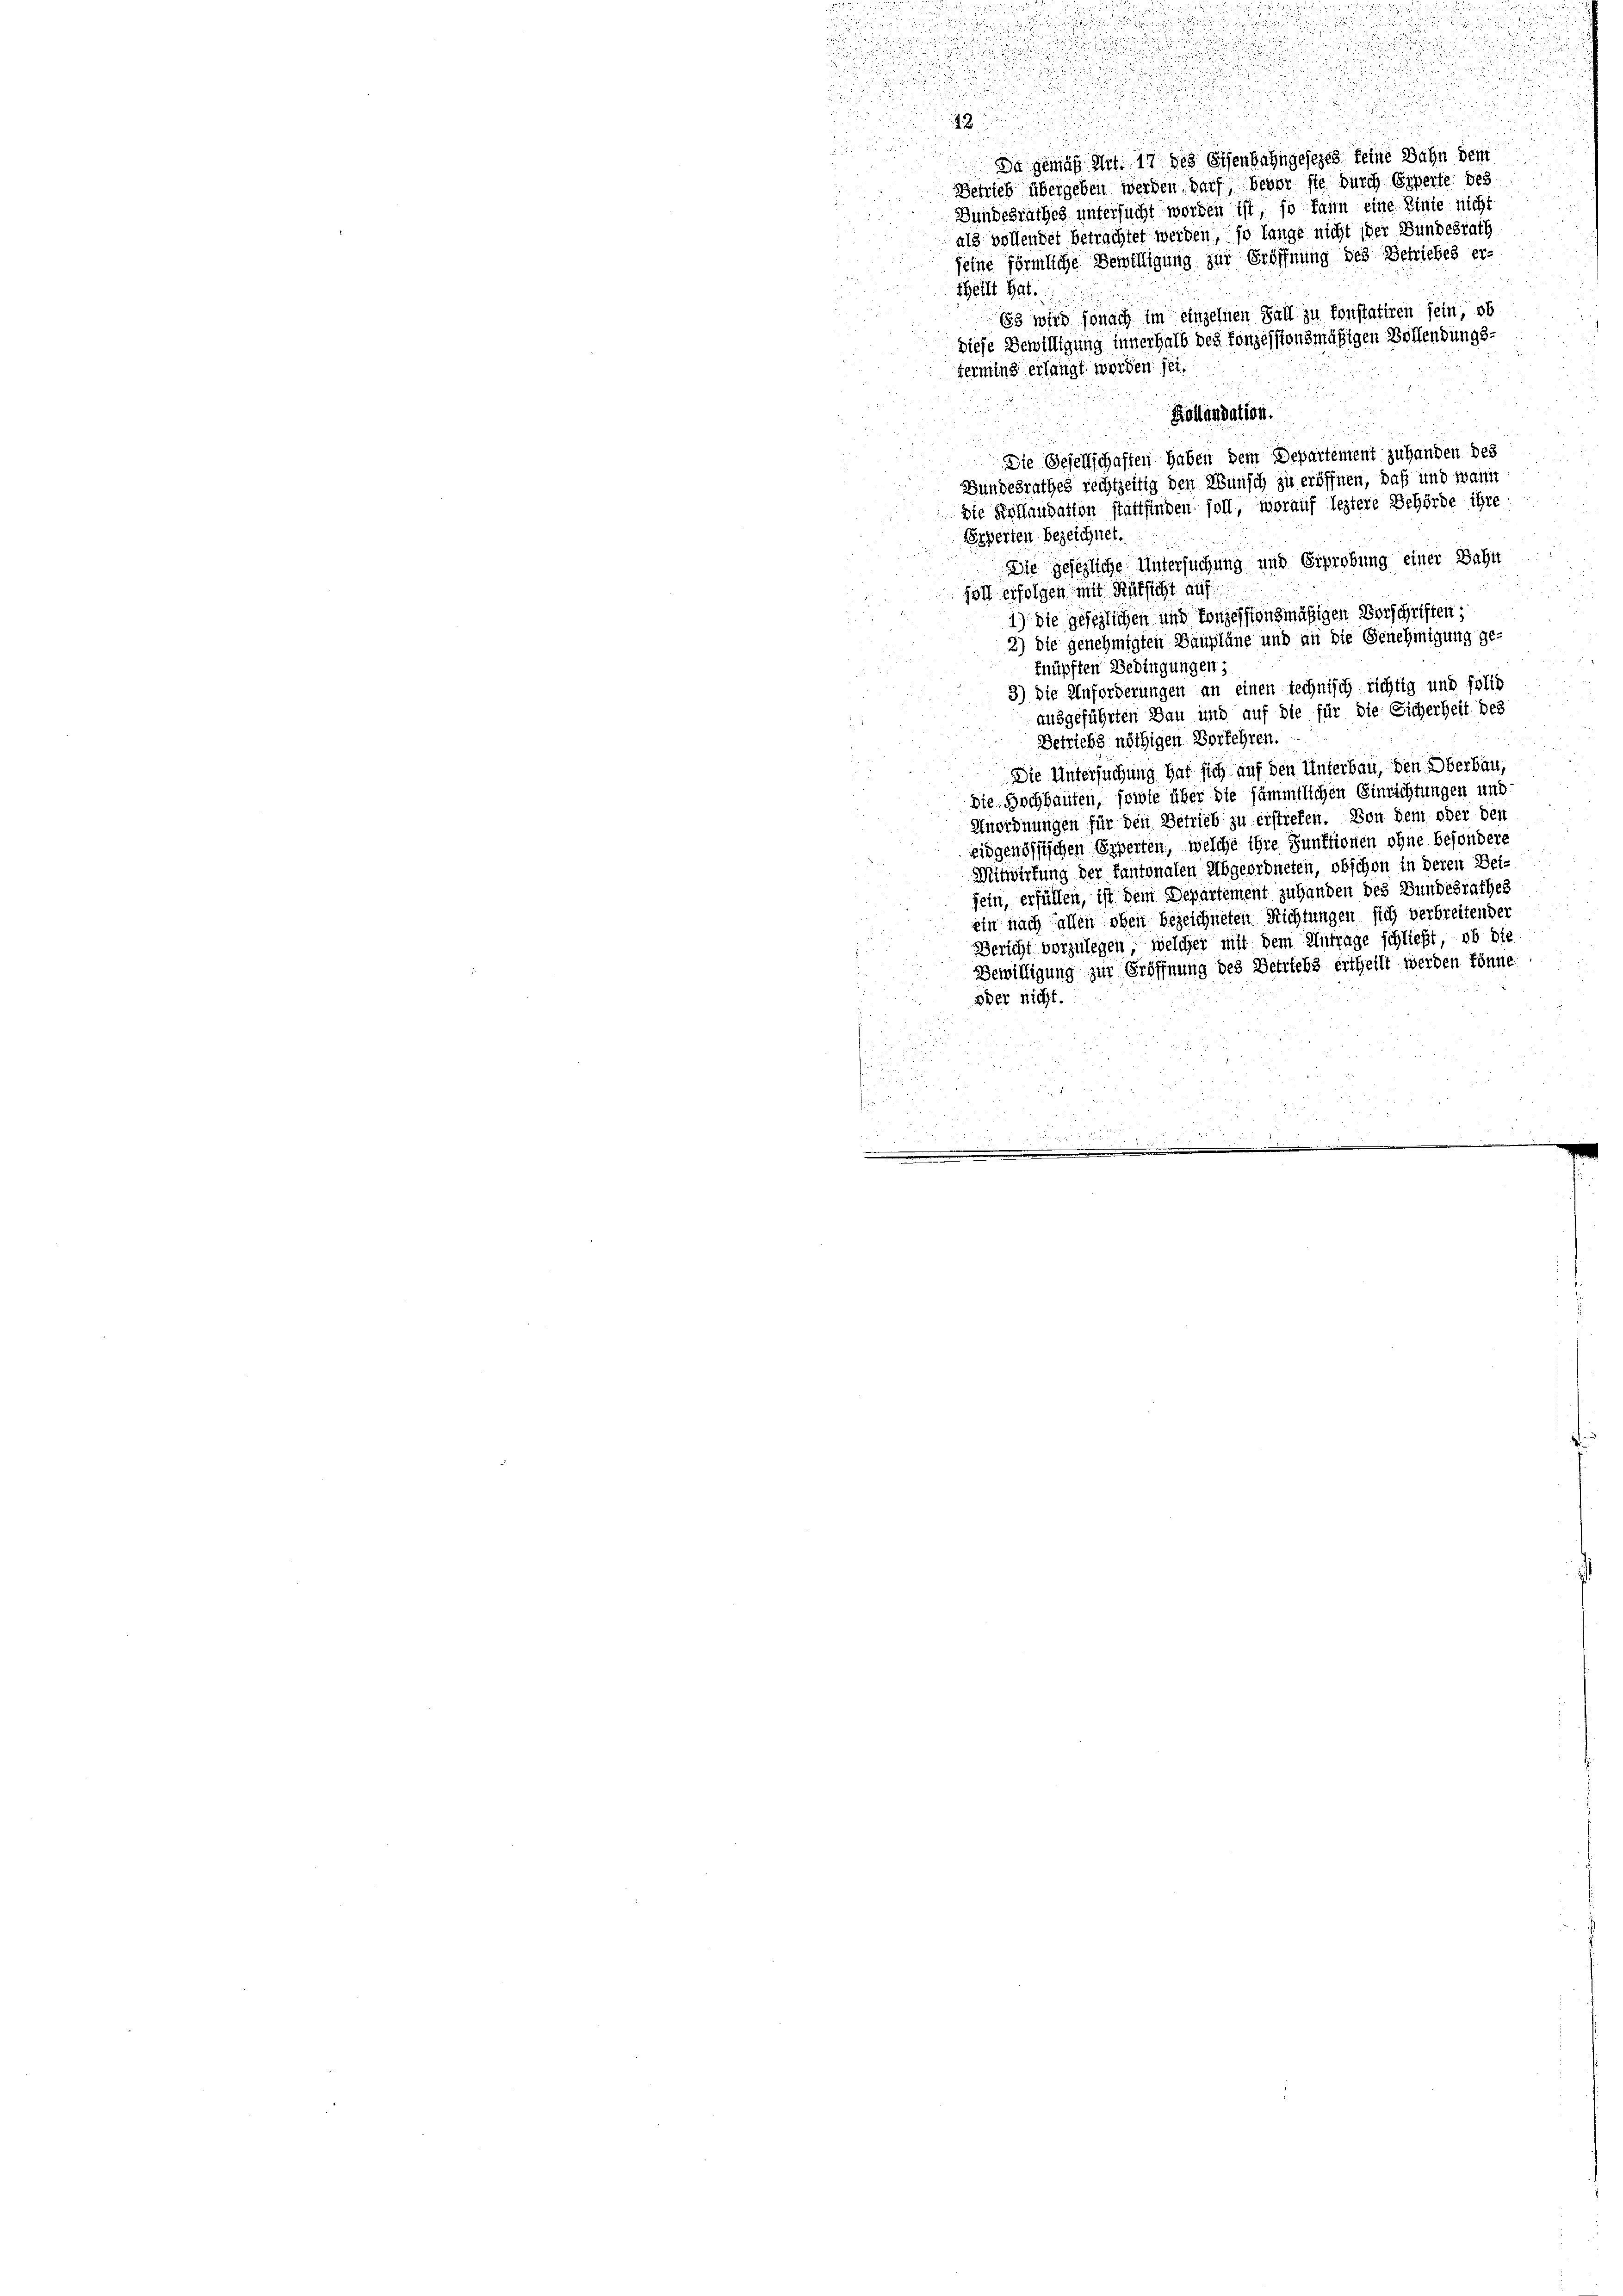
12
.
d
Da gemäß Art. 17 des Eisenbahngesezes keine Bahn dem
Betrieb übergeben werden, darf, bevor sie durch Experte des
Bundesrathes untersucht worden ist, so kann eine Linie nicht
als vollendet betrachtet werden, so lange nicht ider Bundesrath
seine förmliche Bewilligung zur Eröffnung des Getriebes er-
theilt hat.
13 wird sonach im einzelnen Fall zu konstatiren sein, ob
diese Bewilligung innerhalb des fonzessionsmäßigen Bollendungs-
termins erlangt werden sei.
Kollandation.
Die Gesellschaften haben dem Departement zu handen des
Bundesrathes rechtzeitig den Wunsch zu eröffnen, daß und wann
die Kollaudation stattfinden soll, worauf leztere Behörde ihre
Experten bezeichnet.
Die gesezliche Untersuchung und Erprobung einer Bahn
söll erfolgen mit Rüksicht auf
1) Die gesezlichen und konzessionsmäßigen Vorschriften
2) die genehmigten Baupläne und an die Genehmigung ge-
knüpften Bedingungen;
3) Die Anforderungen an einen technisch richtig und folio
ausgeführten Bau und auf die für die Sicherheit des
Betriebs nöthigen Verkehren.
Die Untersuchung hat sich auf den Unterbau, den Oberbau,
Die Hochbauten, sowie über die sämmtlichen Einrichtungen und
Anordnungen für den Betrieb zu erstiefen. Von dem oder den
eidgenössischen Experten, welche ihre Funktionen ohne besondere
Mitwirkung der kantonalen Abgeordneten, obschon in deren Beijein, erfüllen, ist dem Departement zu handen des Bundesrathes
ein nach allen oben bezeichneten Richtungen sich verbreitender
Bericht vorzulegen, welcher mit dem Antrage schließt, ob die
Bewilligung zur Eröffnung des Betriebs ertheilt werden könne
oder nicht.

5
u